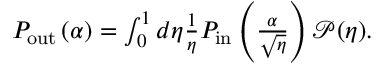
\begin{array} { r } { P _ { \mathrm { o u t } } \left( \alpha \right) = \int _ { 0 } ^ { 1 } d \eta \frac { 1 } { \eta } P _ { \mathrm { i n } } \left( \frac { \alpha } { \sqrt { \eta } } \right) \mathcal { P } ( \eta ) . } \end{array}